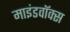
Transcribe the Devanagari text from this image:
माइंडवॉक्स